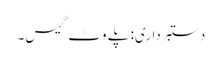
دستبرداری: پلے وِٹ گیس۔